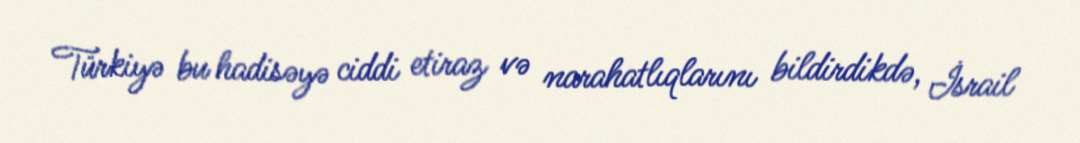
Türkiyə bu hadisəyə ciddi etiraz və narahatlıqlarını bildirdikdə, İsrail